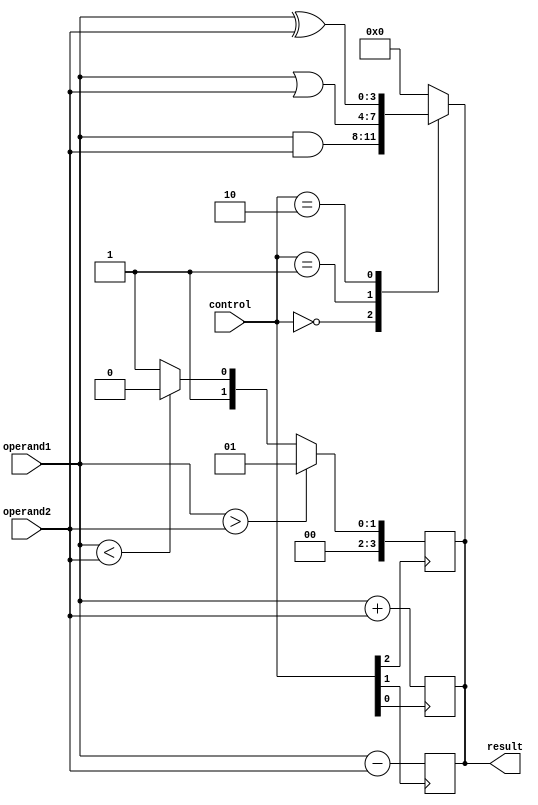
module ALU (
    input [3:0] operand1,
    input [3:0] operand2,
    input [2:0] control,
    output reg [3:0] result
);

//Adder block
always @ (posedge control[0])
begin
    if (control[0] == 1'b1)
        result = operand1 + operand2;
end

//Subtractor block
always @ (posedge control[1])
begin
    if (control[1] == 1'b1)
        result = operand1 - operand2;
end

//Comparator block
always @ (posedge control[2])
begin
    if (control[2] == 1'b1)
    begin
        if (operand1 > operand2)
            result = 4'b0001;
        else if (operand1 < operand2)
            result = 4'b0010;
        else
            result = 4'b0011;
    end
end

//Logic gates for bitwise operations
always @ (control or operand1 or operand2)
begin
    case(control)
        3'b000: result = operand1 & operand2; //AND operation
        3'b001: result = operand1 | operand2; //OR operation
        3'b010: result = operand1 ^ operand2; //XOR operation
        default: result = 4'b0000;
    endcase
end

endmodule